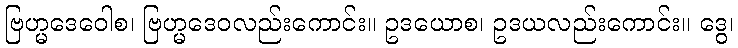
ဗြဟ္မဒေဝေါစ၊ ဗြဟ္မဒေဝလည်းကောင်း။ ဥဒယောစ၊ ဥဒယလည်းကောင်း။ ဒွေ၊